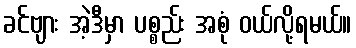
ခင်ဗျား အဲ့ဒီမှာ ပစ္စည်း အစုံ ဝယ်လို့ရမယ်။